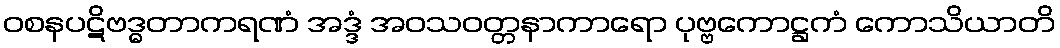
ဝစနပဋိဗဒ္ဓတာကရဏံ အဒ္ဒံ အဝသဝတ္တနာကာရော ပုဗ္ဗကောဋ္ဌကံ ကောသိယာတိ